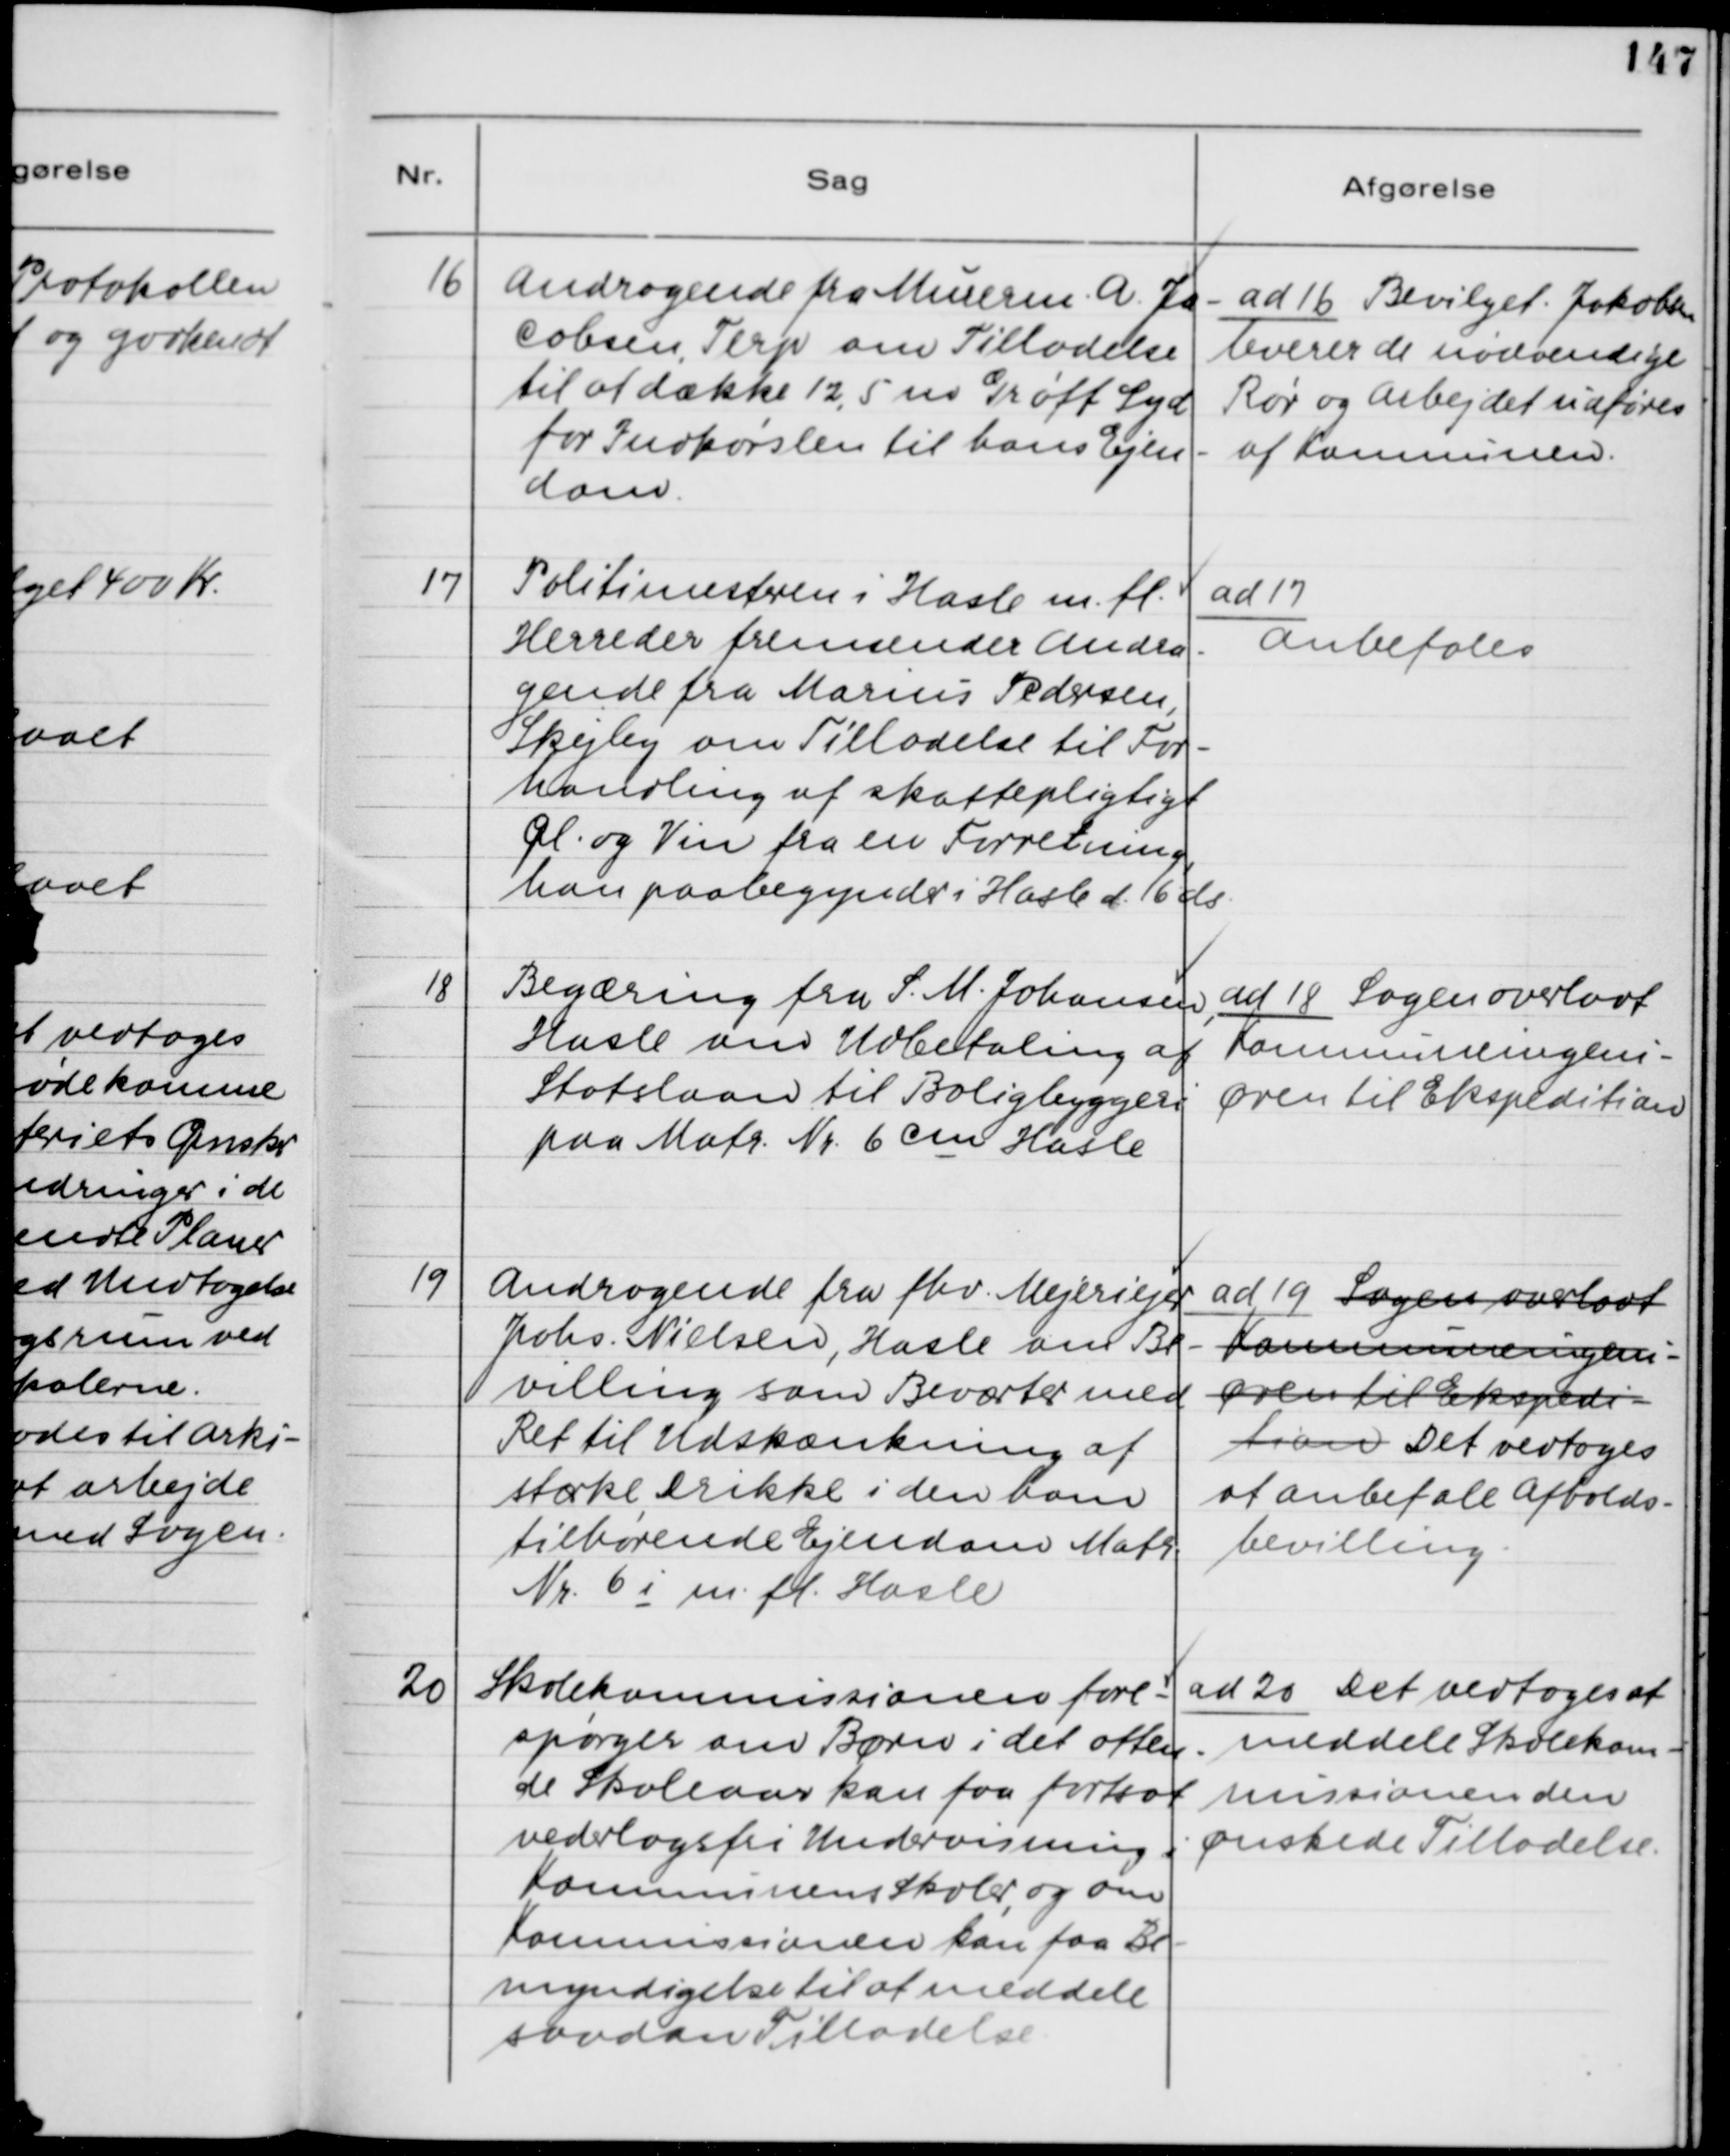
Transskription:
16. Andragende fra Murerm. A. Ja-
cobsen, Terp, om Tilladelse
til at dække 12,5 m Grøft Syd
for Indkørslen til hans Ejen-
dom.

ad 16. Bevilget. Jakobsen
leverer de nødvendige
Rør og Arbejdet udføres
af Kommunen.

17. Politimesteren i Hasle m.fl.
Herreder fremsender Andra-
gende fra Marius Pedersen,
Skejby om Tilladelse til For-
handling af skattepligtigt
Øl og Vin fra en Forretning,
han paabegynder i Hasle d. 16 ds.

ad 17.
Anbefales

18. Begæring fra S. M. Johansen,
Hasle om Udbetaling af
Statslaan til Boligbyggeri
paa Matr. Nr. 6 cm Hasle.

ad 18. Sagen overladt
Kommuneingeni-
øren til Ekspedition.

19. Andragende fra fhv. Mejeriejer
Johs. Nielsen, Hasle om Be-
villing som Beværter med
Ret til Udskænkning af
stærke Drikke i den ham
tilhørende Ejendom Matr.
Nr. 6 i m.fl. Hasle.

ad 19. Sagen overladt
Kommuneingeni-
øren til Ekspedi-
tion. Det vedtoges
at anbefale Afholds-
bevilling.

20. Skolekommissionen fore-
spørger om Børn i det otten-
de Skoleaar kan faa fortsat
vederlagsfri Undervisning i
Kommunens Skoler, og om
Kommissionen kan faa Be-
myndigelse til at meddele
saadan Tilladelse.

ad 20. Det vedtoges at
meddele Skolekom-
missionen den
ønskede Tilladelse.